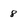
Character: 8